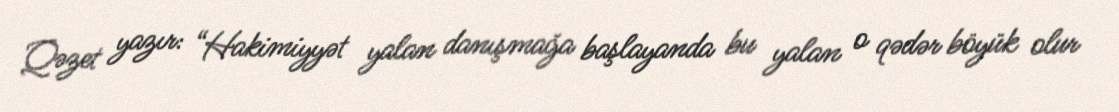
Qəzet yazır: “Hakimiyyət yalan danışmağa başlayanda bu yalan o qədər böyük olur